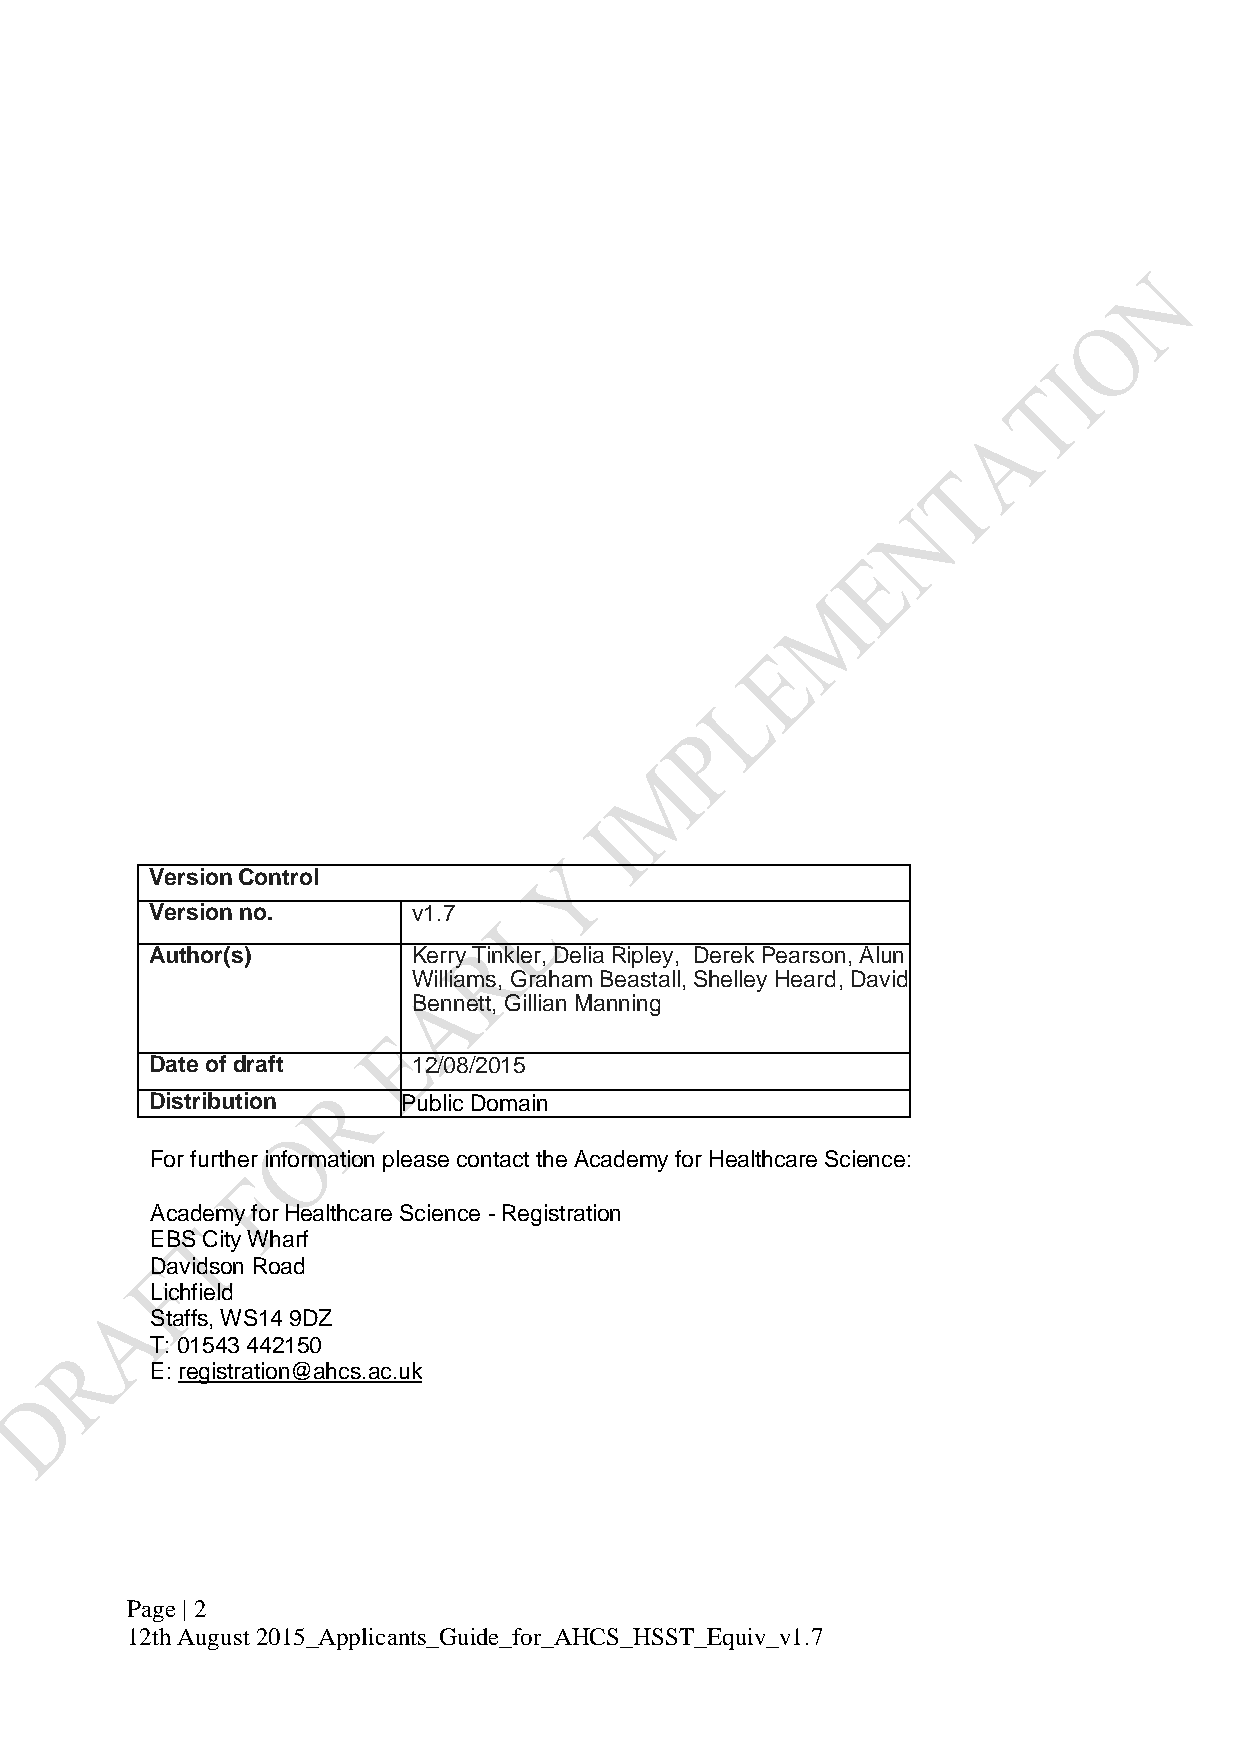
Version Control
 Version no.      v1.7
 Author(s)        Kerry Tinkler, Delia Ripley, Derek Pearson, Alun
 Williams, Graham Beastall, Shelley Heard, David
 Bennett, Gillian Manning
 Date of draft    12/08/2015
 Distribution     Public Domain
 For further information please contact the Academy for Healthcare Science:
 Academy for Healthcare Science - Registration
 EBS City Wharf
 Davidson Road
 Lichfield
 Staffs, WS14 9DZ
 T: 01543 442150
 E: registration@ahcs.ac.uk
 Page | 2
 12th August 2015_Applicants_Guide_for_AHCS_HSST_Equiv_v1.7